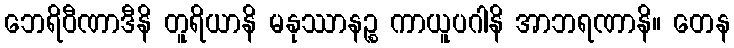
ဘေရိဝီဏာဒီနိ တူရိယာနိ မနုဿာနဉ္စ ကာယူပဂါနိ အာဘရဏာနိ။ တေန